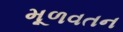
મૂળવતન